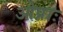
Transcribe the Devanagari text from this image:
ओप्राः